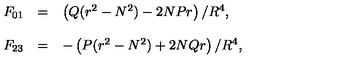
\begin{array} { r c l } { F _ { 0 1 } } & { = } & { \left( Q ( r ^ { 2 } - N ^ { 2 } ) - 2 N P r \right) / R ^ { 4 } , } \\ { } & { } & { } \\ { F _ { 2 3 } } & { = } & { - \left( P ( r ^ { 2 } - N ^ { 2 } ) + 2 N Q r \right) / R ^ { 4 } , } \\ \end{array}